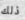
ذلك